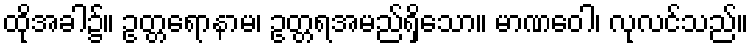
ထိုအခါ၌။ ဥတ္တရောနာမ၊ ဥတ္တရအမည်ရှိသော။ မာဏဝေါ၊ လုလင်သည်။